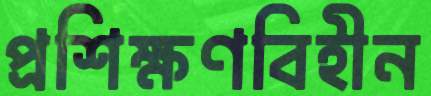
প্রশিক্ষণবিহীন